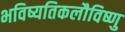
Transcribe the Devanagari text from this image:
भविष्यतिकलौविष्णु